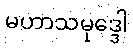
မဟာသမုဒ္ဒေါ